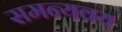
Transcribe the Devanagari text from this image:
समन्यवय